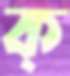
ক্